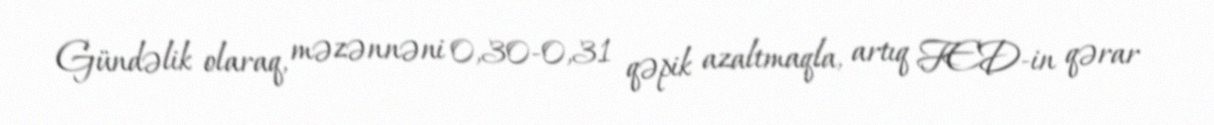
Gündəlik olaraq, məzənnəni 0,30-0,31 qəpik azaltmaqla, artıq FED-in qərar